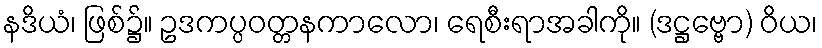
နဒိယံ၊ ဖြစ်၌။ ဥဒကပ္ပဝတ္တနကာလော၊ ရေစီးရာအခါကို။ (ဒဋ္ဌဗ္ဗော) ဝိယ၊